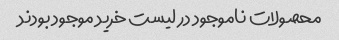
محصولات ناموجود در لیست خرید موجود بودند